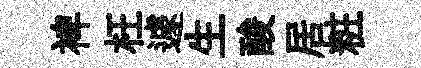
裨枉遽生酸居粧